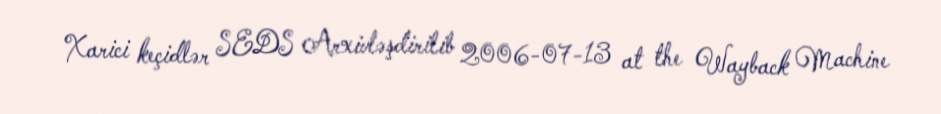
Xarici keçidlər SEDS Arxivləşdirilib 2006-07-13 at the Wayback Machine